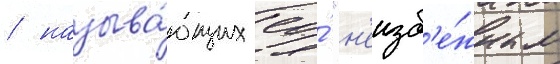
/ называ́ющих ео́ "н'еизб'е́жным